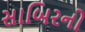
સાબિરનો